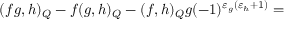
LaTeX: ( f g , h ) _ { Q } - f ( g , h ) _ { Q } - ( f , h ) _ { Q } g ( - 1 ) ^ { \varepsilon _ { g } ( \varepsilon _ { h } + 1 ) } =